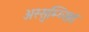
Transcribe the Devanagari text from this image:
अस्सुम्प्सित